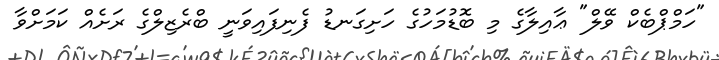
"ހަމްޕްބެކް ވޭލް" ޢާއިލާގެ މި ބޮޑުމަހުގެ ހަށިގަނޑު ފެނިފައިވަނީ ބްރެޒިލްގެ ރަށެއް ކަމަށްވާ